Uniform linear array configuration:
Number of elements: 32
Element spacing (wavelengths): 0.5
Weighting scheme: blackman
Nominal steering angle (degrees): -30
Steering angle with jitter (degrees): -30.432
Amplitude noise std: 0.05
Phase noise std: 0.05

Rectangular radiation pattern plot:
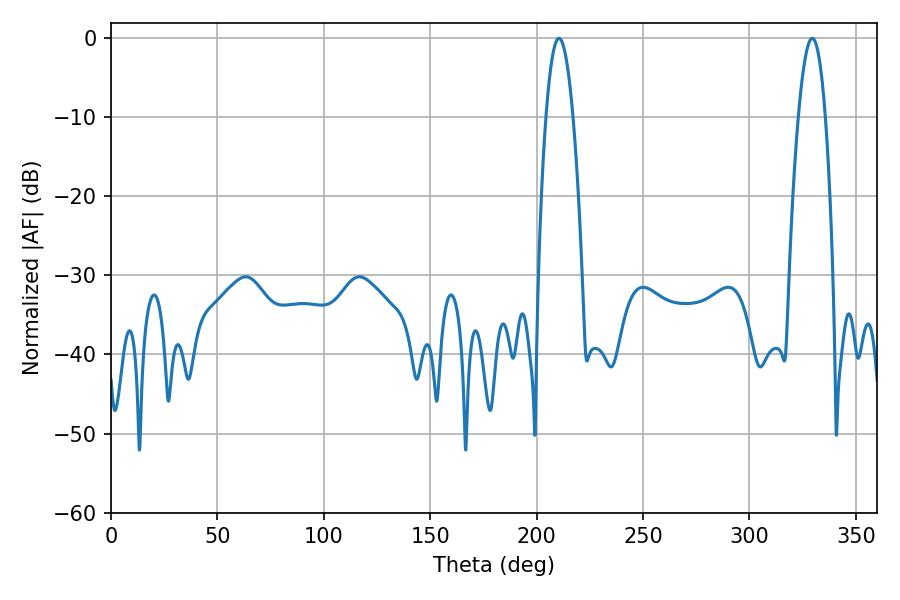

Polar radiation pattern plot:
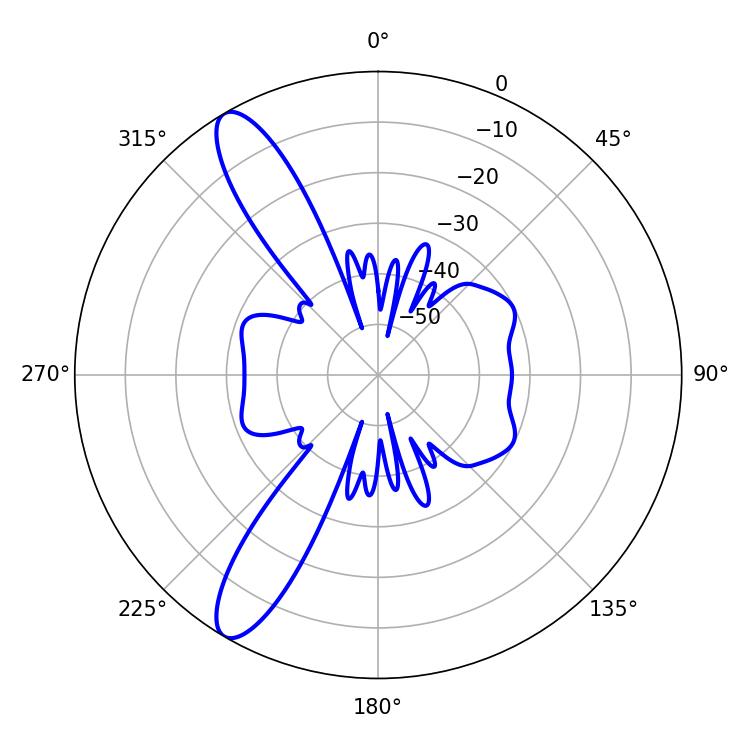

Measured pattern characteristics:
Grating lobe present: FALSE
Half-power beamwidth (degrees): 7.02
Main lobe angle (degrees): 210.42